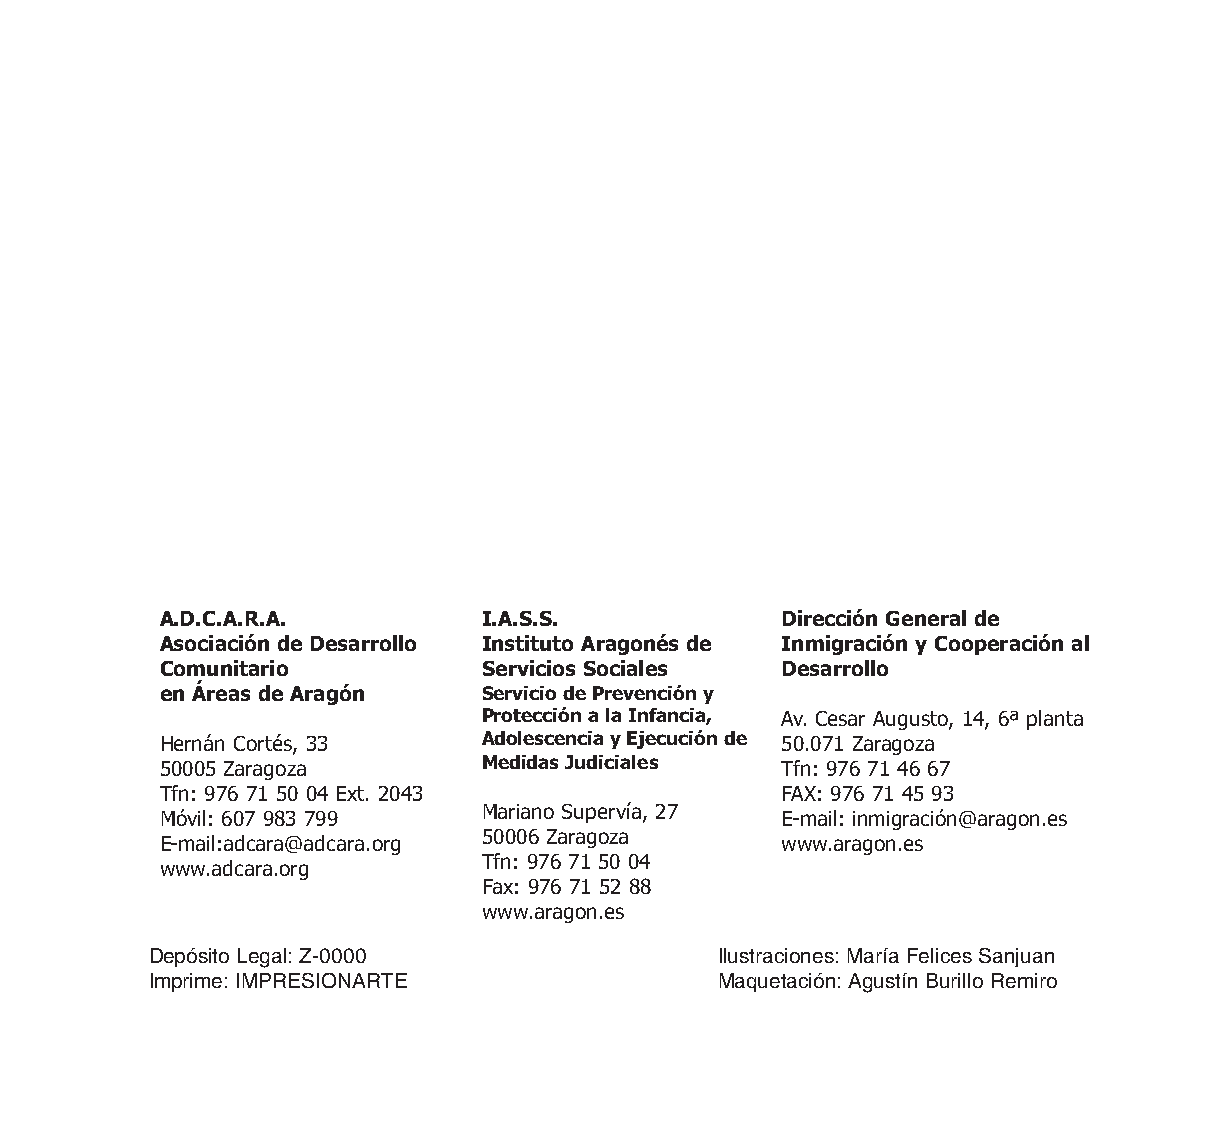
A.D.C.A.R.A.         I.A.S.S.            Dirección General de
 Asociación de Desarrollo Instituto Aragonés de Inmigración y Cooperación al
 Comunitario          Servicios Sociales  Desarrollo
 en Áreas de Aragón   Servicio de Prevención y
 Protección a la Infancia, Av. Cesar Augusto, 14, 6ª planta
 Hernán Cortés, 33    Adolescencia y Ejecución de 50.071 Zaragoza
 Medidas Judiciales
 50005 Zaragoza                           Tfn: 976 71 46 67
 Tfn: 976 71 50 04 Ext. 2043              FAX: 976 71 45 93
 Mariano Supervía, 27
 Móvil: 607 983 799                       E-mail: inmigración@aragon.es
 50006 Zaragoza
 E-mail:adcara@adcara.org                 www.aragon.es
 Tfn: 976 71 50 04
 www.adcara.org
 Fax: 976 71 52 88
 www.aragon.es
 Depósito Legal: Z-0000                Ilustraciones: María Felices Sanjuan
 Imprime: IMPRESIONARTE                Maquetación:Agustín Burillo Remiro